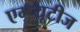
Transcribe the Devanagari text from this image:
एम्प्यूटीज